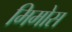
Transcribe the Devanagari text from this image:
मिमोस